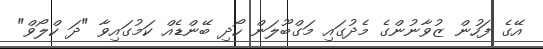
އޭގެ ފަހުން ޒުވާނުންގެ މެދުގައި މަގްބޫލަން ހޯދި ބޭންޑެއް ކަމުގައިވާ "ދަ ކްލޯވް"